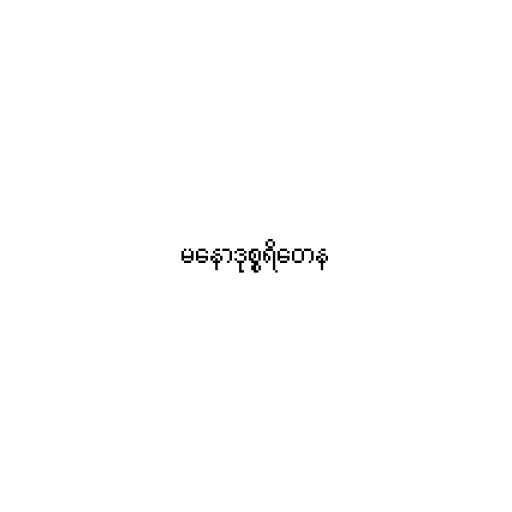
မနောဒုစ္စရိတေန